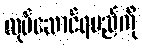
လုပ်ဆောင်ရမည်ကို